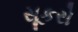
સૂકરો